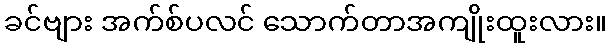
ခင်ဗျား အက်စ်ပလင် သောက်တာအကျိုးထူးလား။